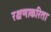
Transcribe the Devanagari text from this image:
रक्षणाकरिता